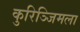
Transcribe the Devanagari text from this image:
कुरिञ्जिमला